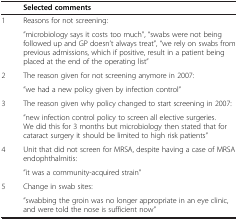
<table><thead><tr><td><b> </b></td><td><b>Selected comments</b></td></tr></thead><tbody><tr><td>1</td><td>Reasons for not screening:</td></tr><tr><td> </td><td>”microbiology says it costs too much”, “swabs were not being followed up and GP doesn’t always treat”, “we rely on swabs from previous admissions, which if positive, result in a patient being placed at the end of the operating list”</td></tr><tr><td>2</td><td>The reason given for not screening anymore in 2007:</td></tr><tr><td> </td><td>”we had a new policy given by infection control”</td></tr><tr><td>3</td><td>The reason given why policy changed to start screening in 2007:</td></tr><tr><td> </td><td>”new infection control policy to screen all elective surgeries. We did this for 3 months but microbiology then stated that for cataract surgery it should be limited to high risk patients”</td></tr><tr><td>4</td><td>Unit that did not screen for MRSA, despite having a case of MRSA endophthalmitis:</td></tr><tr><td> </td><td>”it was a community-acquired strain”</td></tr><tr><td>5</td><td>Change in swab sites:</td></tr><tr><td> </td><td>”swabbing the groin was no longer appropriate in an eye clinic, and were told the nose is sufficient now”</td></tr></tbody></table>